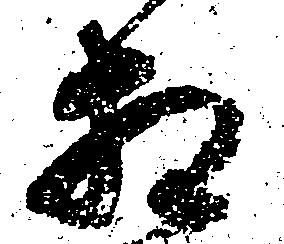
相